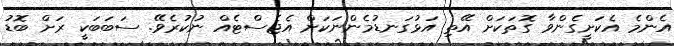
އެންމެ އެކަށީގެންވާ ގޮތަކަށް އޭތި އަޅުގަނޑުމެންނަކަށް އެޖެސްޓެއް ނުކުރެވޭ. ސަބަބަކީ ރަށް ބޮޑު